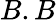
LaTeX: B.B